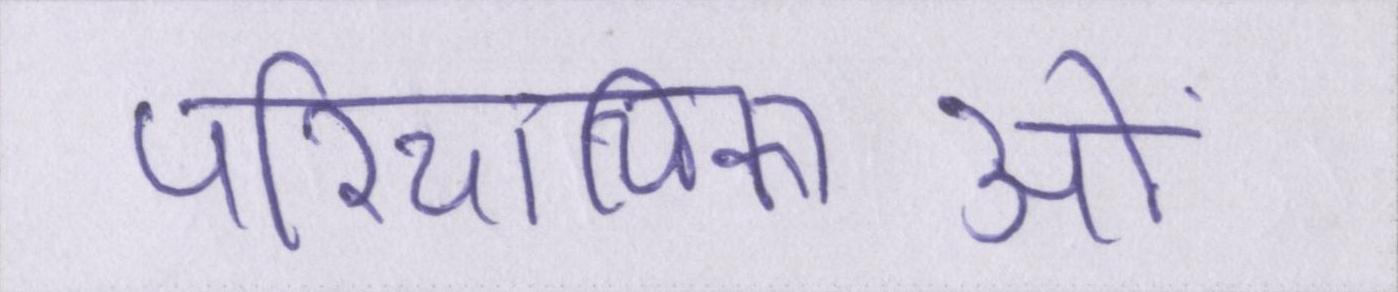
परिचायिकाओं